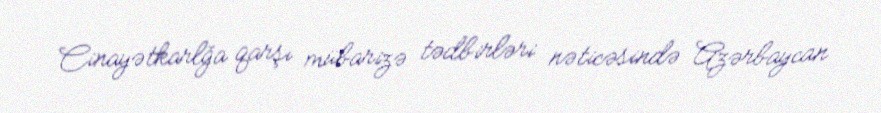
Cinayətkarlğa qarşı mübarizə tədbirləri nəticəsində Azərbaycan